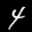
Label: 4